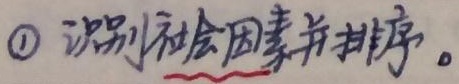
\textcircled{1} 识别社会因素并排序。